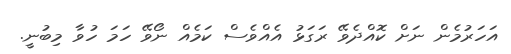
އަހަރުމެން ނަށް ކޮއްދެވޭ ރަގަޅު އެއްވެސް ކަމެއް ނޯވޭ ހަމަ ހުވާ މިބުނީ.